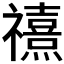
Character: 𰨗